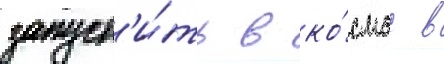
запуст'и́ть в ко́смос в